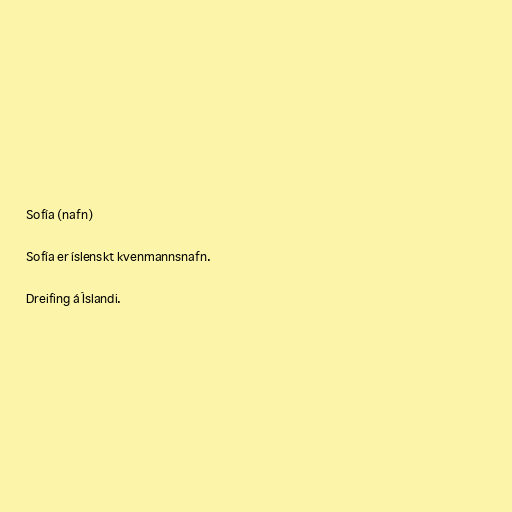
Sofía (nafn)

Sofía er íslenskt kvenmannsnafn.

Dreifing á Íslandi.